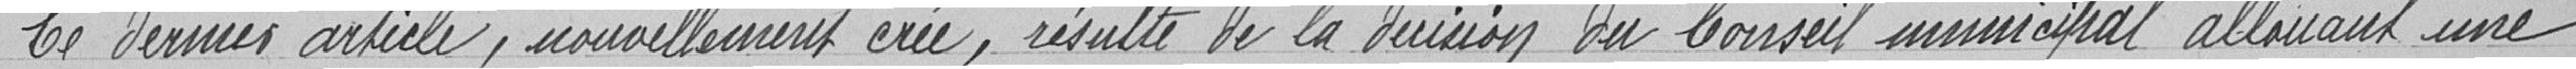
Ce dernier article, nouvellement crée, résulte de la décision du Conseil municipal allouant une